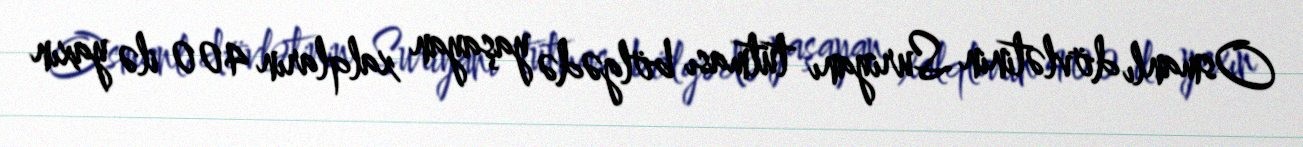
Osmanlı dövlətinin Suriyanı tutması bölgədə yaşayan xalqların 400 ilə yaxın